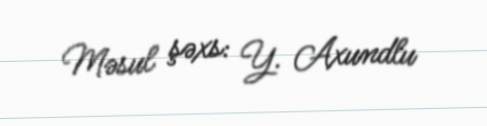
Məsul şəxs: Y. Axundlu